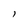
Character: I